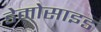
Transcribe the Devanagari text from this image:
डेमोसाइड